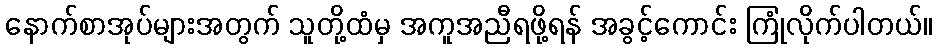
နောက်စာအုပ်များအတွက် သူတို့ထံမှ အကူအညီရဖို့ရန် အခွင့်ကောင်း ကြုံလိုက်ပါတယ်။